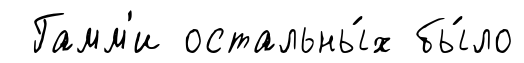
Гамм'и остальны́х бы́ло